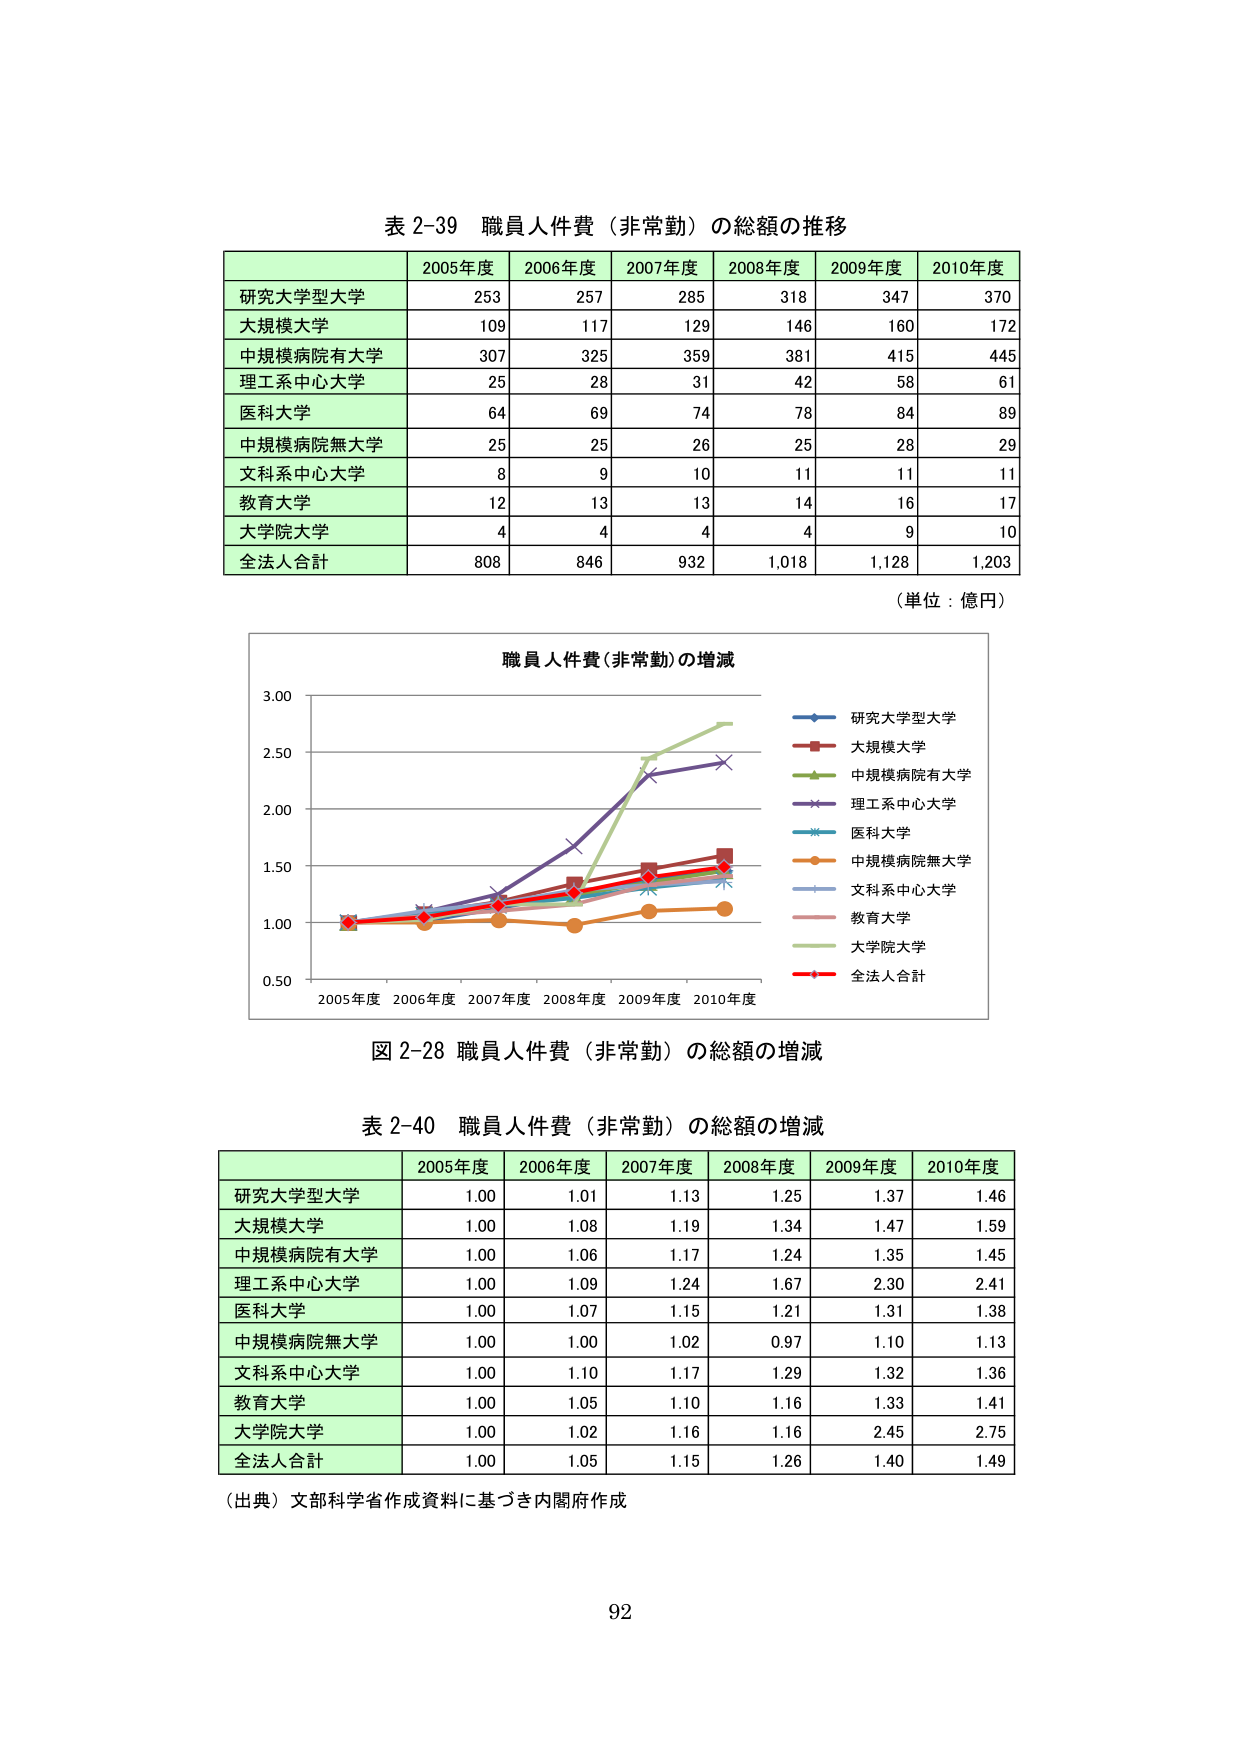
表 2-39 職員人件費（非常勤）の総額の推移

2005年度 2006年度 2007年度 2008年度 2009年度 2010年度
研究大学型大学 253 257 285 318 347 370
大規模大学 109 117 129 146 160 172
中規模病院有大学 307 325 359 381 415 445
理工系中心大学 25 28 31 42 58 61
医科大学 64 69 74 78 84 89
中規模病院無大学 25 25 26 25 28 29
文科系中心大学 8 9 10 11 11 11
教育大学 12 13 13 14 16 17
大学院大学 4 4 4 4 9 10
全法人合計 808 846 932 1,018 1,128 1,203

（単位：億円）

職員人件費（非常勤）の増減
研究大学型大学
大規模大学
中規模病院有大学
理工系中心大学
医科大学
中規模病院無大学
文科系中心大学
教育大学
大学院大学
全法人合計

2005年度 2006年度 2007年度 2008年度 2009年度 2010年度
0.50
1.00
1.50
2.00
2.50
3.00

図 2-28 職員人件費（非常勤）の総額の増減

表 2-40 職員人件費（非常勤）の総額の増減

2005年度 2006年度 2007年度 2008年度 2009年度 2010年度
研究大学型大学 1.00 1.01 1.13 1.25 1.37 1.46
大規模大学 1.00 1.08 1.19 1.34 1.47 1.59
中規模病院有大学 1.00 1.06 1.17 1.24 1.35 1.45
理工系中心大学 1.00 1.09 1.24 1.67 2.30 2.41
医科大学 1.00 1.07 1.15 1.21 1.31 1.38
中規模病院無大学 1.00 1.00 1.02 0.97 1.10 1.13
文科系中心大学 1.00 1.10 1.17 1.29 1.32 1.36
教育大学 1.00 1.05 1.10 1.16 1.33 1.41
大学院大学 1.00 1.02 1.16 1.16 2.45 2.75
全法人合計 1.00 1.05 1.15 1.26 1.40 1.49

（出典）文部科学省作成資料に基づき内閣府作成

92